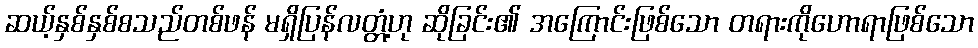
ဆယ့်နှစ်နှစ်စသည်တစ်ဖန် မရှိပြန်လတ္တံ့ဟု ဆိုခြင်း၏ အကြောင်းဖြစ်သော တရားကိုဟောရာဖြစ်သော